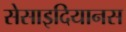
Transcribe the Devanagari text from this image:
सेसाइदियानस